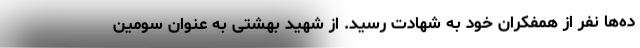
ده‌ها نفر از همفکران خود به شهادت رسید. از شهید بهشتی به عنوان سومین